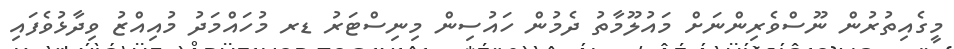
މީގެއިތުރުން ނޫސްވެރިންނަށް މައުލޫމާތު ދެމުން ހައުސިން މިނިސްޓަރު ޑރ މުހައްމަދު މުއިއްޒު ވިދާޅުވެފައި